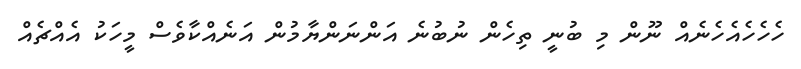
ހެހެހެއެހެނެއް ނޫން މި ބުނީ ތިހެން ނުބުނެ އަންނަންޔާމުން އަނެއްކާވެސް މީހަކު އެއްޗެއް